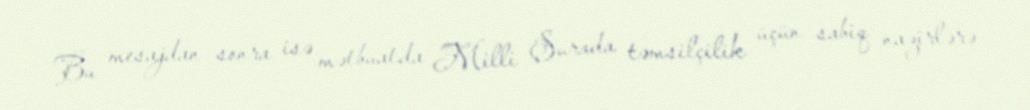
Bu mesajdan sonra isə mətbuatda Milli Şurada təmsilçilik üçün sabiq nazirlərə